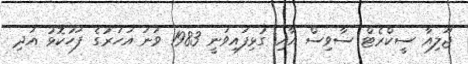
ޖޫލިއާ ސީކްރެޓް ސާވިސް އާއި ގުޅިފައިވަނީ 1983 ވަނަ އަހަރުގެ ފަހުކޮޅު އަދި